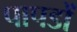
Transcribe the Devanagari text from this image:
पापडों